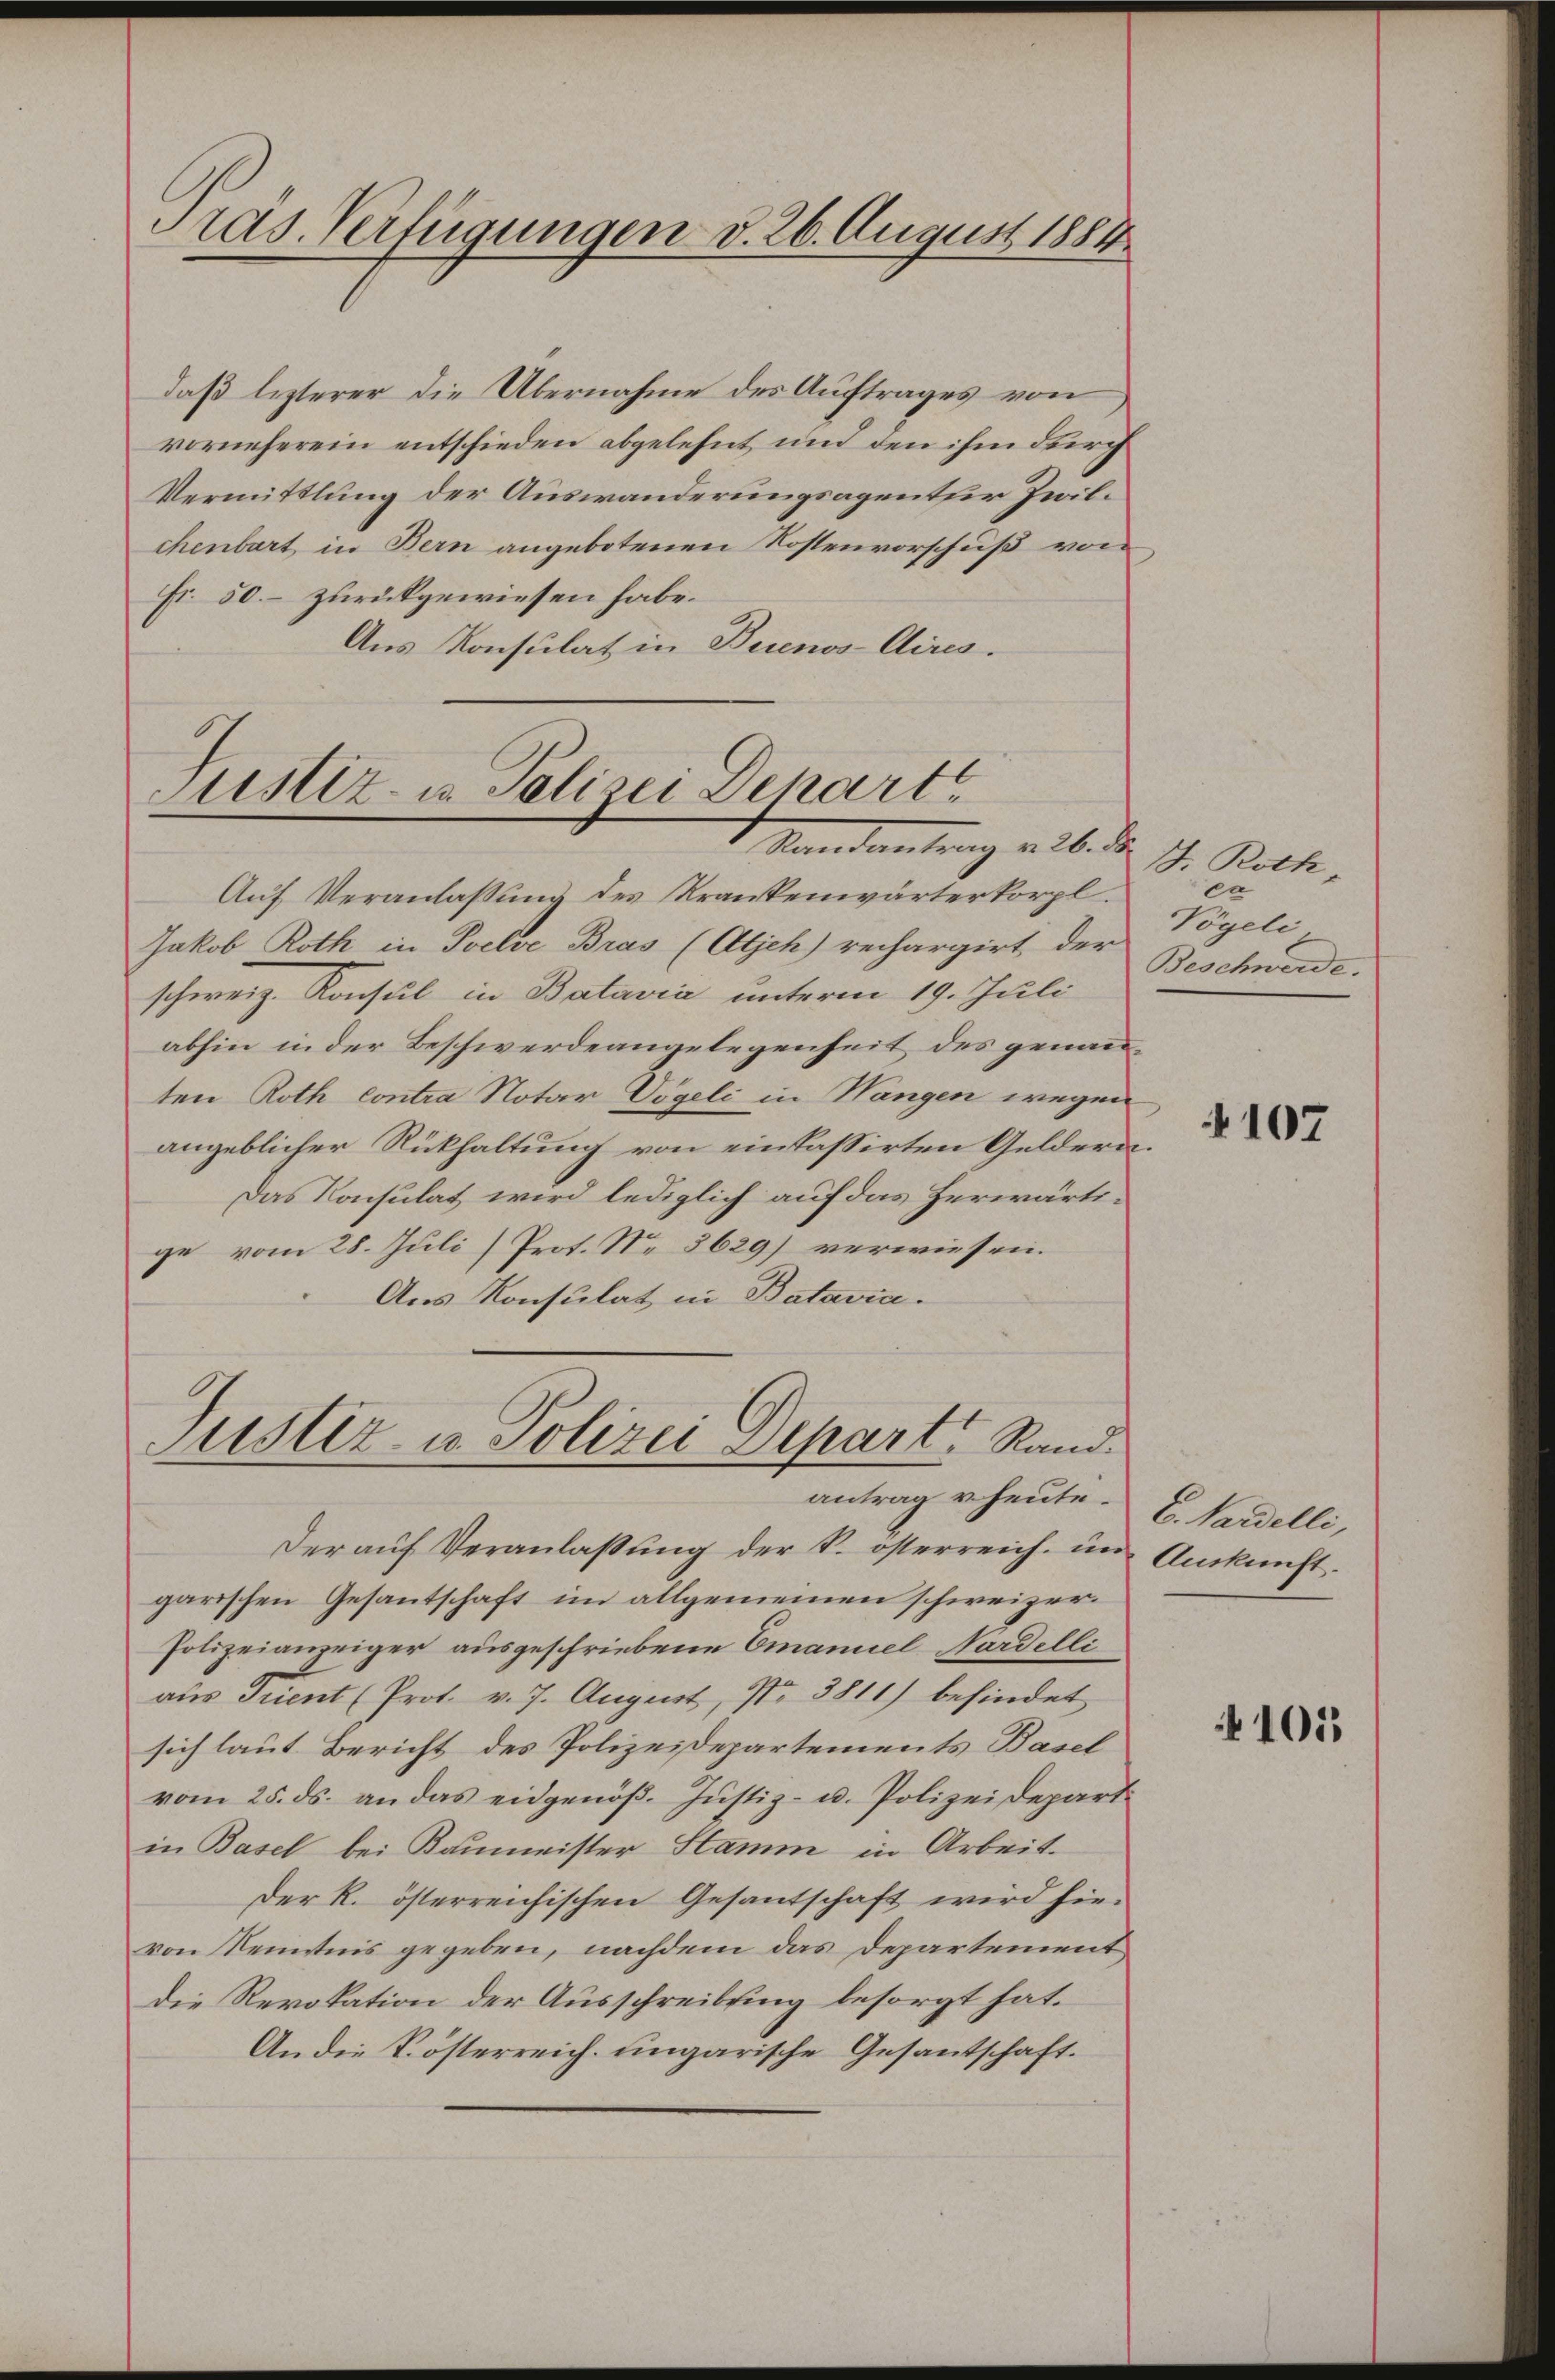
Pras. Verfügungen d. 26. August 1884

daß lezterer die Übernahme des Auftrages von
vorneherein entschieden abgelehnt und den ihm durch
Vermittlung der Auswanderungsagentur Zwilchenbart, in Bern angebotenen Kostenvorschuß von
Fr. 50. – zurückgewiesen habe.
Aus Konsulat in Buenos-Aires.

Justiz- u. Polizei Depart
Randantrag v. 26. d.

Justiz- u Polizei Depart Rand.
antrag v. heute.

Auf Veranlaßung des Krankenwärterkorpl.
Jakob Roth in Poelve Bras (Atjeh) rechargirt der
schweiz. Konsul in Batavia unterm 19. Juli
abhin in der Beschwerdeangelegenheit des genanten Roth contra Notar Vögeli in Wangen wegen,
angeblicher Rückhaltung von einkassirten Geldern.
Das Konsulat wird lediglich auf das herwärtige vom 28. Juli) Prot. No 3629) verwiesen.
Aus Konsulat in Batavia.

Der aŭf Veranlaβŭng der k. österreich im Amkŭnft.
garischen Gesantschaft im allgemeinen schweizer¬
Polizeianzeiger ausgeschriebene Emanuel Nardelli
aus Trient (Prot. v. J. August, Nr. 3811) befindet
sich laut Bericht des Polizeidepartements Basel
vom 25. ds. an das eidgenöβ. Jŭstiz- u. Polizeidepart.
in Basel bei Raumeister Stamm in Arbeit.
Der R. österreichischen Gesantschaft wird hievon Kenntnis gegeben, nachdem das Departement
Die Revokation der Ausschreibung besorgt hat.
An die Kösterreich. Eingarische Gesantschaft.

B. Roth,
ca
Vögeli
Beschwerde.

4107

E. Nardelli,

41015